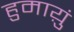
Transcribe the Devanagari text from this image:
हुमाय़ुं